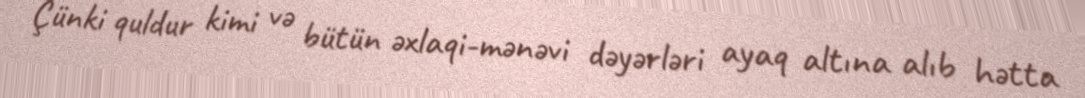
Çünki quldur kimi və bütün əxlaqi-mənəvi dəyərləri ayaq altına alıb hətta